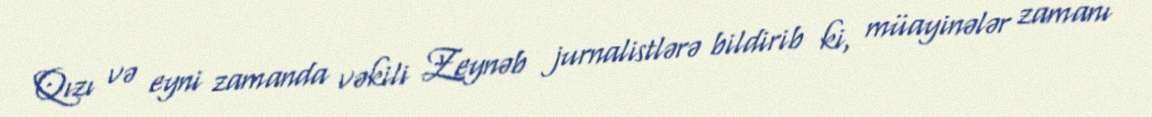
Qızı və eyni zamanda vəkili Zeynəb jurnalistlərə bildirib ki, müayinələr zamanı